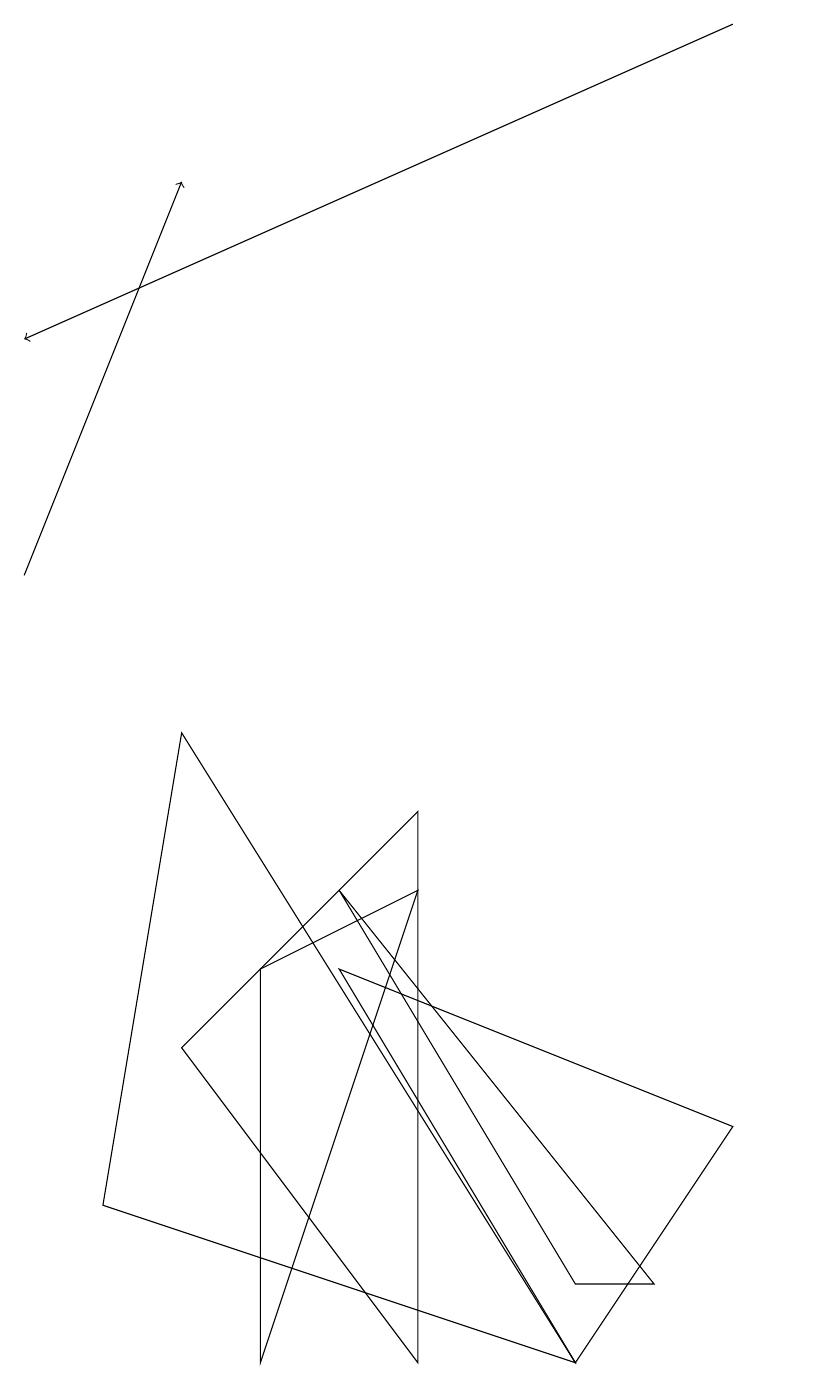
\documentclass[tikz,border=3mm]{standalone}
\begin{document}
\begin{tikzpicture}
\draw (4,6) -- (8,1) -- (7,1) -- cycle;
\draw (2,8) -- (7,0) -- (1,2) -- cycle;
\draw[->] (9,17) -- (0,13);
\draw (4,5) -- (7,0) -- (9,3) -- cycle;
\draw (5,0) -- (2,4) -- (5,7) -- cycle;
\draw[->] (0,10) -- (2,15);
\draw (5,6) -- (3,0) -- (3,5) -- cycle;
\draw (10,11) circle (0);
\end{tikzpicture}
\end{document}